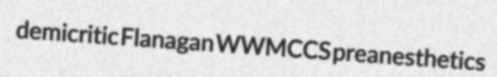
demicritic Flanagan WWMCCS preanesthetics